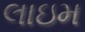
લાઇમ